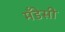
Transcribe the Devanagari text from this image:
मँडेसी